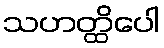
သဟတ္ထိပေါ